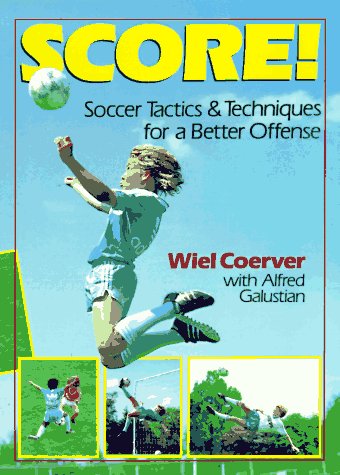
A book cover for Score!: Soccer Tactics & Techniques for a Better Offense; Wiel Coerver; Children's Books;